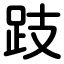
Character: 跂